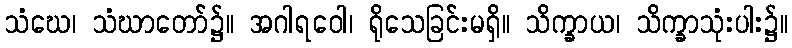
သံဃေ၊ သံဃာတော်၌။ အဂါရဝေါ၊ ရိုသေခြင်းမရှိ။ သိက္ခာယ၊ သိက္ခာသုံးပါး၌။